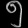
Digit: ၅